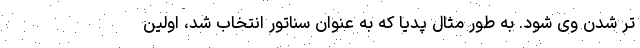
تر شدن وی شود. به طور مثال پدیا که به عنوان سناتور انتخاب شد، اولین